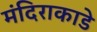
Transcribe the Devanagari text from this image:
मंदिराकाडे